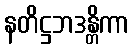
နတိဋ္ဌဘဒန္တိကာ